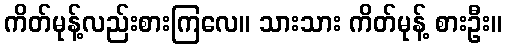
ကိတ်မုန့်လည်းစားကြလေ။ သားသား ကိတ်မုန့် စားဦး။